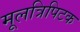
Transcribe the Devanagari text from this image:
मूलत्रिपिटक